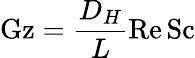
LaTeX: \mathrm{Gz}={\frac{D_{H}}{L}}\mathrm{Re}\, \mathrm{Sc}